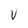
Character: V